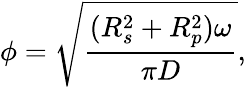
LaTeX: \phi=\sqrt{\frac{(R_{s}^{2}+R_{p}^{2})\omega}{\pi D}},